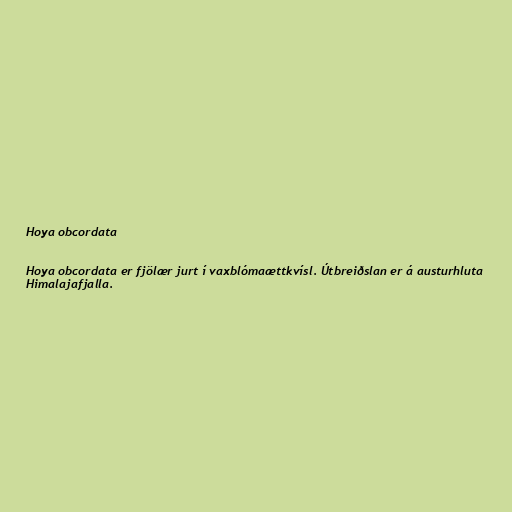
Hoya obcordata

Hoya obcordata er fjölær jurt í vaxblómaættkvísl. Útbreiðslan er á austurhluta
Himalajafjalla.